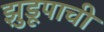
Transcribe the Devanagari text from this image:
झुडूपाची